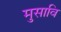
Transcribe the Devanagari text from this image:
मुसावि